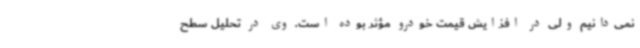
نمی‌دانیم ولی در افزایش قیمت خودرو مؤثر بوده است. وی در تحلیل سطح